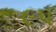
૯પ